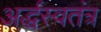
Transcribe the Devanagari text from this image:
अर्द्धस्वतंत्र